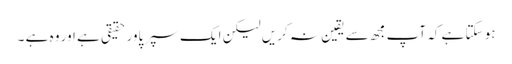
ہو سکتا ہے کہ آپ مجھ سے یقین نہ کریں لیکن ایک سپر پاور حقیقی ہے اور وہ ہے ۔